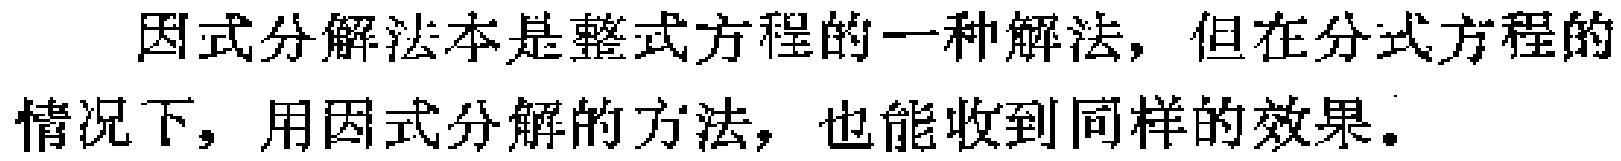
因式分解法本是整式方程的一种解法，但在分式方程的情况下，用因式分解的方法，也能收到同样的效果。